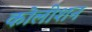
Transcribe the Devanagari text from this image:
कोलीशन